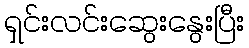
ရှင်းလင်းဆွေးနွေးပြီး